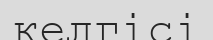
келгісі